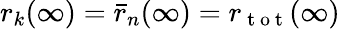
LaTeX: r_{k}(\infty)=\bar{r}_{n}(\infty)=r_{\mathrm{~t~o~t~}}(\infty)